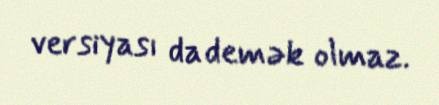
versiyası da demək olmaz.